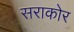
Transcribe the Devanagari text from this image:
सराकोर